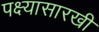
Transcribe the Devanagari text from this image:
पक्ष्यासारखी